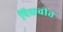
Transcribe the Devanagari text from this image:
पिकवीत